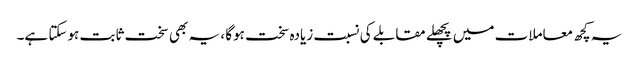
یہ کچھ معاملات میں پچھلے مقابلے کی نسبت زیادہ سخت ہوگا ، یہ بھی سخت ثابت ہوسکتا ہے۔